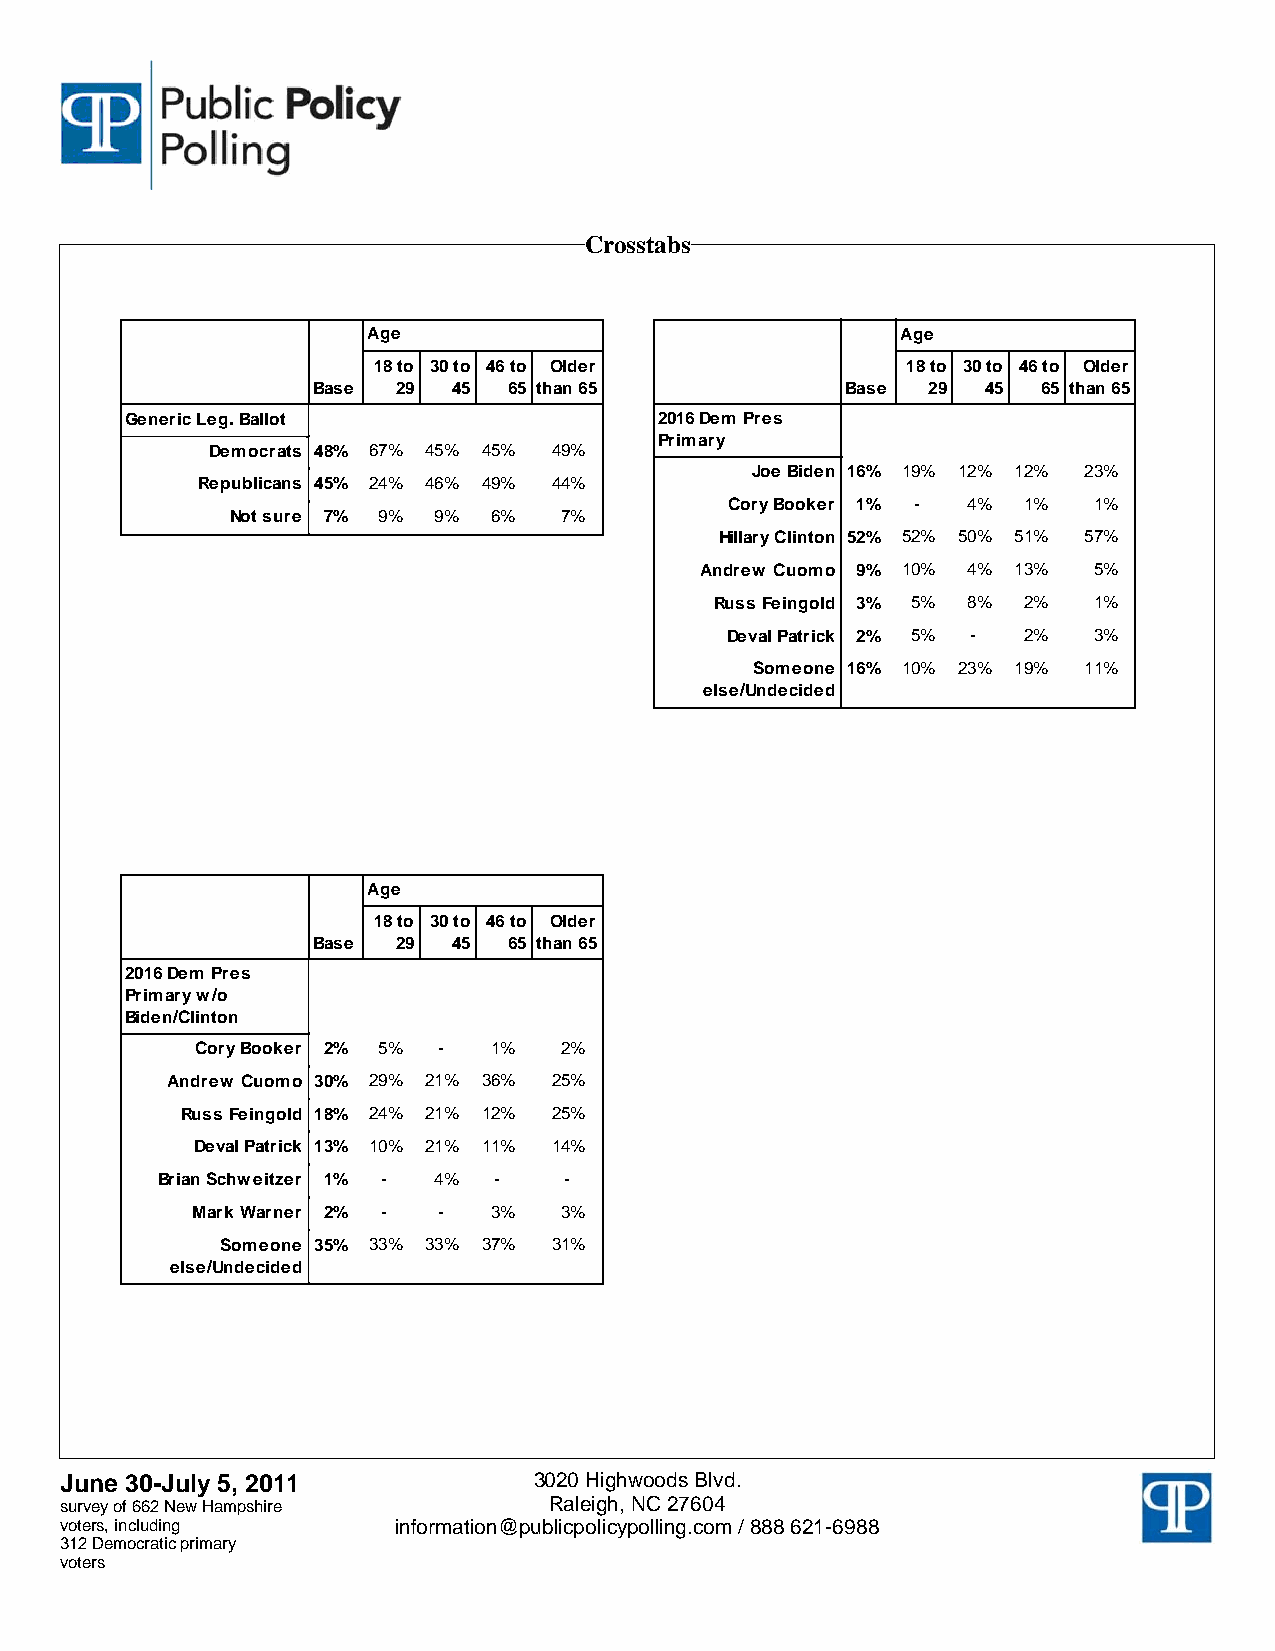
Crosstabs
 Age                                 Age
 18 to 30 to 46 to Older            18 to 30 to 46 to Older
 Base 29  45  65 than 65            Base 29  45  65 than 65
 Generic Leg. Ballot                 2016 Dem Pres
 Primary
 Democrats 48% 67% 45% 45% 49%
 Joe Biden 16% 19% 12% 12% 23%
 Republicans 45% 24% 46% 49% 44%
 Cory Booker 1% - 4% 1%  1%
 Not sure 7% 9% 9% 6%  7%
 Hillary Clinton 52% 52% 50% 51% 57%
 Andrew Cuomo 9% 10% 4% 13% 5%
 Russ Feingold 3% 5% 8% 2% 1%
 Deval Patrick 2% 5% - 2% 3%
 Someone 16% 10% 23% 19% 11%
 else/Undecided
 Age
 18 to 30 to 46 to Older
 Base 29  45  65 than 65
 2016 Dem Pres
 Primary w/o
 Biden/Clinton
 Cory Booker 2% 5% - 1%  2%
 Andrew Cuomo 30% 29% 21% 36% 25%
 Russ Feingold 18% 24% 21% 12% 25%
 Deval Patrick 13% 10% 21% 11% 14%
 Brian Schweitzer 1% - 4% - -
 Mark Warner 2% - - 3%   3%
 Someone 35% 33% 33% 37% 31%
 else/Undecided
 JJuunnee 3300--JJuullyy 55,, 22001111 3020 Highwoods Blvd.
 ssuurrvveeyy ooff 666622 NNeeww HHaammppsshhiirree Raleigh, NC 27604
 vvootteerrss,, iinncclluuddiinngg information@publicpolicypolling.com / 888 621-6988
 331122 DDeemmooccrraattiicc pprriimmaarryy
 vvootteerrss